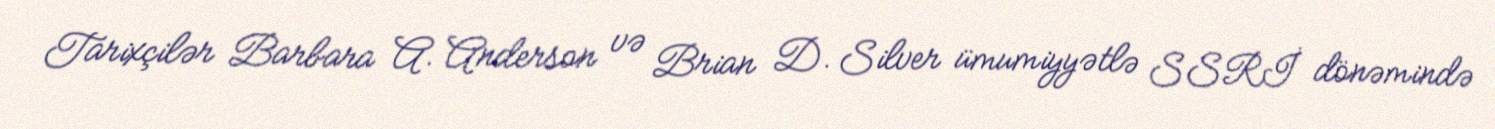
Tarixçilər Barbara A. Anderson və Brian D. Silver ümumiyyətlə SSRİ dönəmində